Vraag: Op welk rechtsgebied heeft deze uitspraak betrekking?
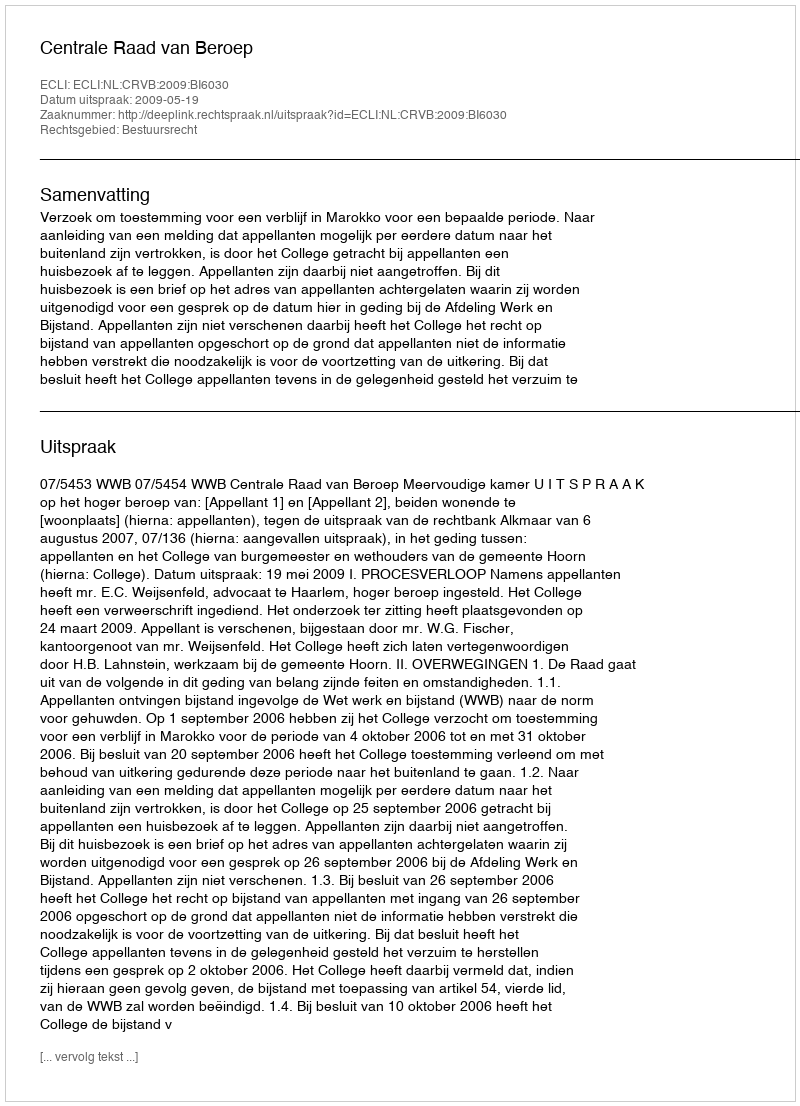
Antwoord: Bestuursrecht